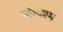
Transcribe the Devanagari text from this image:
जीवश्म